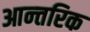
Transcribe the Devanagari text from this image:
आन्‍तरिक